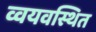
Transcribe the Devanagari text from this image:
व्वयवस्थित